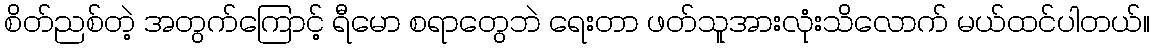
စိတ်ညစ်တဲ့ အတွက်ကြောင့် ရီမော စရာတွေဘဲ ရေးတာ ဖတ်သူအားလုံးသိလောက် မယ်ထင်ပါတယ်။